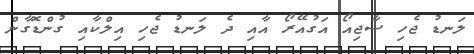
ލަނޑު ޖެހި ސާޖިއޯ އަގުއޭރޯ އާއި ދެ ލަނޑު ޖެހި އިލްކާއި ގުންޑޮގާން